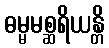
ဓမ္မမစ္ဆရိယန္တိ